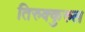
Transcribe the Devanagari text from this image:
तिरुक्कुरुल